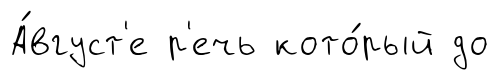
А́вгуст'е р'ечь кото́рый до